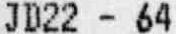
JD22 - 64